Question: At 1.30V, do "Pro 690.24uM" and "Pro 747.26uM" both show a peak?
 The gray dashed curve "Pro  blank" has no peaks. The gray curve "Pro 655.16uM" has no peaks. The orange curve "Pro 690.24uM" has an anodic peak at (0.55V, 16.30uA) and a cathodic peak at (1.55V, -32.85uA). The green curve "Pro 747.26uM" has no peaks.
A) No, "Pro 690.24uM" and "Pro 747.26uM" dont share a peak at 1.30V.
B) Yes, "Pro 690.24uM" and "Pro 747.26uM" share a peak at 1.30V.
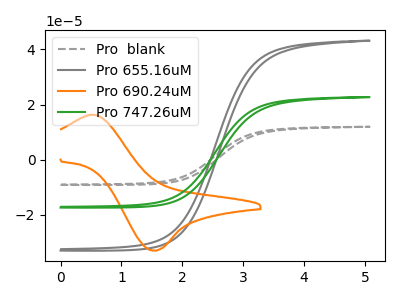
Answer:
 <answer>A) No, "Pro 690.24uM" and "Pro 747.26uM" dont share a peak at 1.30V.</answer>
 <eval>A</eval>